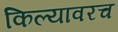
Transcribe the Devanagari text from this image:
किल्यावरच